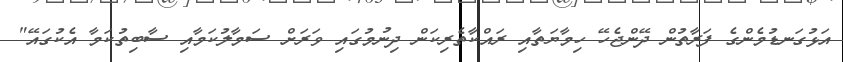
އަޅުގަނޑުމެންގެ ފަރާތުން ދޭންޖެހޭ ހިމާޔަތާއި ރައްކާތެރިކަން ދިނުމުގައި ވަރަށް ސަމާލުކަމާއި ސާބިތުކަމާ އެކުގައޭ"